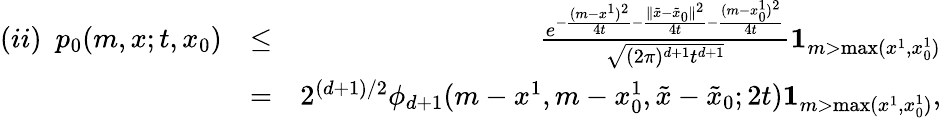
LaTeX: \begin{array}{rlr}{(ii)~~p_{0}(m,x;t,x_{0})}&{\leq}&{\frac{e^{-\frac{(m-x^{1})^{2}}{4t}-\frac{\| \tilde{x}-\tilde{x}_{0}\| ^{2}}{4t}{-\frac{(m-x_{0}^{1})^{2}}{4t}}}}{\sqrt{(2\pi)^{d+1}t^{d+1}}}{\mathbf 1}_{m>\operatorname*{max}(x^{1},x_{0}^{1})}}\\ &{=}&{2^{(d+1)/2}\phi_{d+1}(m-x^{1},m-x_{0}^{1},\tilde{x}-\tilde{x}_{0};2t){\mathbf 1}_{m>\operatorname*{max}(x^{1},x_{0}^{1})},}\end{array}